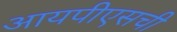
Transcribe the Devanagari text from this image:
आयपीएसची